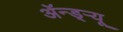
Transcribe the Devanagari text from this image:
अॅन्ड्‌र्‍यू